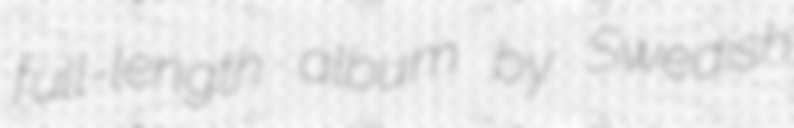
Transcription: full-length album by Swedish